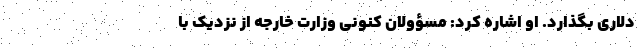
دلاری بگذارد. او اشاره کرد: مسؤولان کنونی وزارت خارجه از نزدیک با